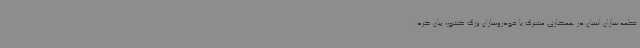
قطعه سازان استان در همکاری مشترک با خودروسازان بزرگ کشور، بیان کرد: